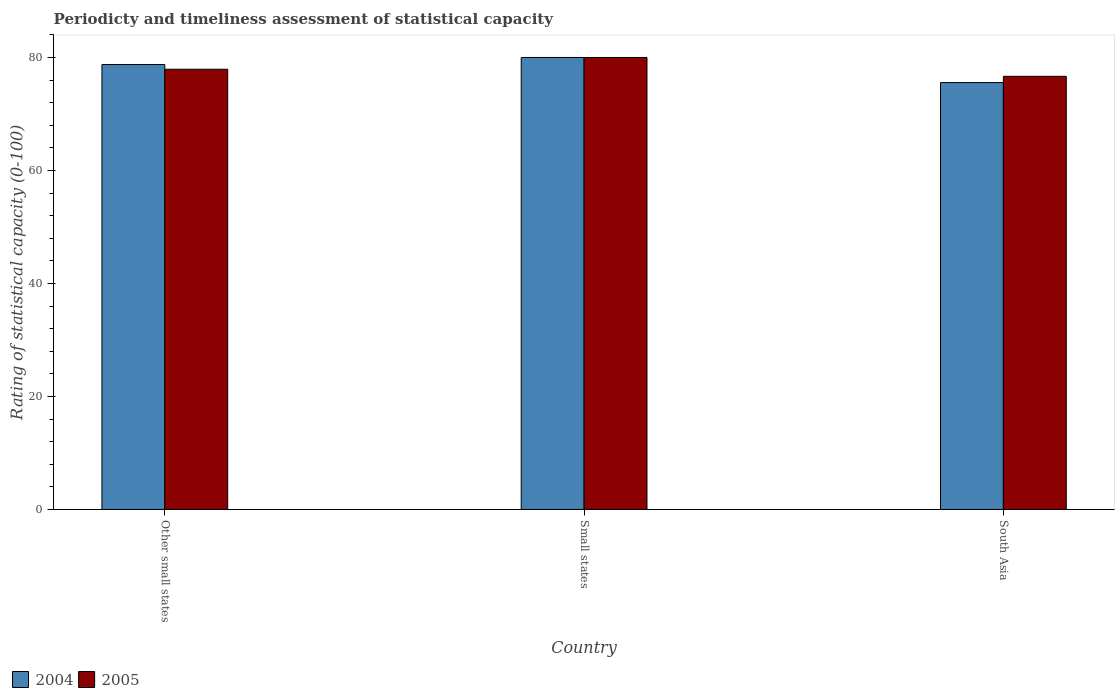
| Country | 2004 | 2005 |
 | --- | --- | --- |
 | Other small states | 78.8 | 77.9 |
 | Small states | 80 | 80 |
 | South Asia | 75.6 | 76.7 |